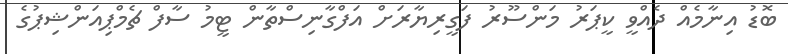
ބޮޑު އިނާމެއް ދެއްވީ ކީޕަރު މަންސޫރު ފަގީރިޔާރަށް އަފްގާނިސްތާން ޓީމު ސާފް ޗެމްޕިއަންޝިޕުގެ